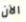
الآن